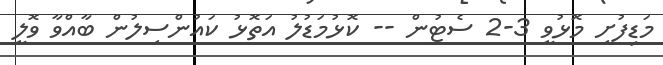
މަޑިފުށި މޮޅުވީ 3-2 ސެޓުން -- ކޮޅުމަޑުލު އަތޮޅު ކައުންސިލުން ބާއްވާ ވޮލީ